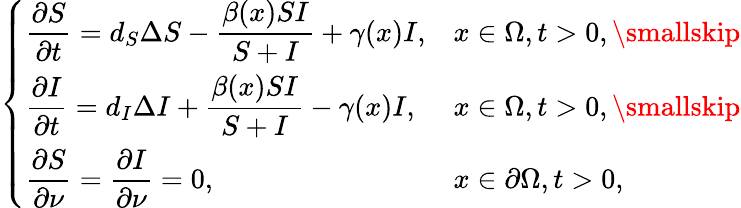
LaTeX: \left\{ \begin{array}{ll}{\displaystyle\frac{\partial S}{\partial t}=d_{S}\Delta S-\displaystyle\frac{\beta(x)SI}{S+I}+\gamma(x)I,}&{x\in\Omega,t>0,\smallskip}\\ {\displaystyle\frac{\partial I}{\partial t}=d_{I}\Delta I+\displaystyle\frac{\beta(x)SI}{S+I}-\gamma(x)I,}&{x\in\Omega,t>0,\smallskip}\\ {\displaystyle\frac{\partial S}{\partial\nu}=\displaystyle\frac{\partial I}{\partial\nu}=0,}&{x\in\partial\Omega,t>0,}\end{array}\right.